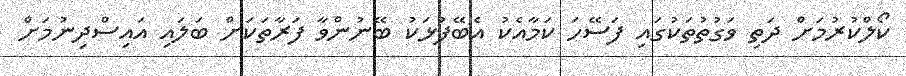
ކޯލްކުރުމަށް ދަތި ވަގުތުތަކުގައި ފަސޭހަ ކަމާއެކު އެބޭފުޅަކު ބޭނުންވާ ފަރާތަކަށް ބަލައި އައިސްދިނުމަށް